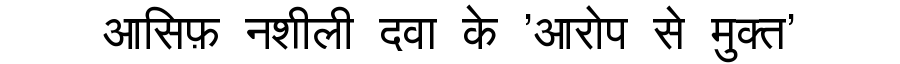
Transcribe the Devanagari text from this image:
आसिफ़ नशीली दवा के 'आरोप से मुक्त'